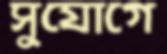
সুযোগে